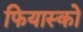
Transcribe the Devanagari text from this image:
फियास्को